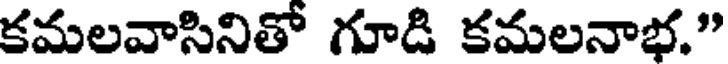
కమలవాసినితో గూడి కమలనాభ."